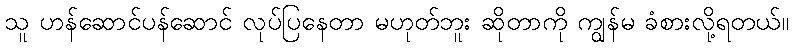
သူ ဟန်ဆောင်ပန်ဆောင် လုပ်ပြနေတာ မဟုတ်ဘူး ဆိုတာကို ကျွန်မ ခံစားလို့ရတယ်။